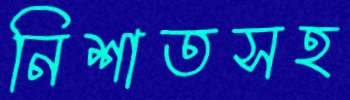
নিশাতসহ